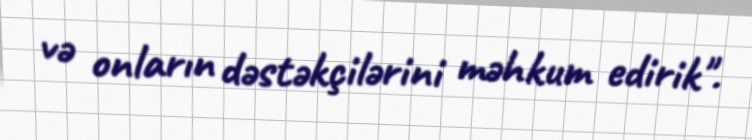
və onların dəstəkçilərini məhkum edirik".